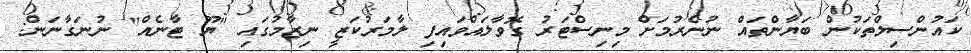
ކައުންސިލްތަކުން ބަޔާންތައް ނުނެރުމަށް މިނިސްޓަރު ގޮވާލައްވައިފި ލާމަރުކަޒީ ނިޒާމުގައި "ޔޫ ޓާނެއް" ނުނަގާނަން: